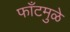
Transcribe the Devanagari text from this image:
फाँटमुळे